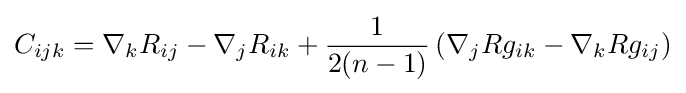
C_{ijk}=\nabla _{k}R_{ij}-\nabla _{j}R_{ik}+{\frac {1}{2(n-1)}}\left(\nabla _{j}Rg_{ik}-\nabla _{k}Rg_{ij}\right)